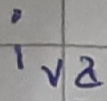
Text: iva